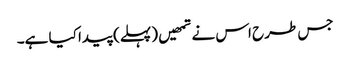
جس طرح اس نے تمھیں (پہلے) پیدا کیا ہے۔